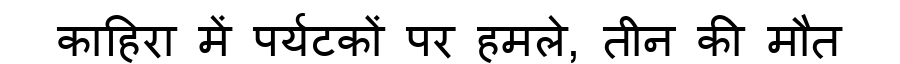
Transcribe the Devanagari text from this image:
काहिरा में पर्यटकों पर हमले, तीन की मौत